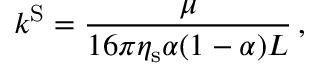
k ^ { \mathrm { S } } = \frac { \mu } { 1 6 \pi \eta _ { \mathrm { s } } \alpha ( 1 - \alpha ) L } \, ,